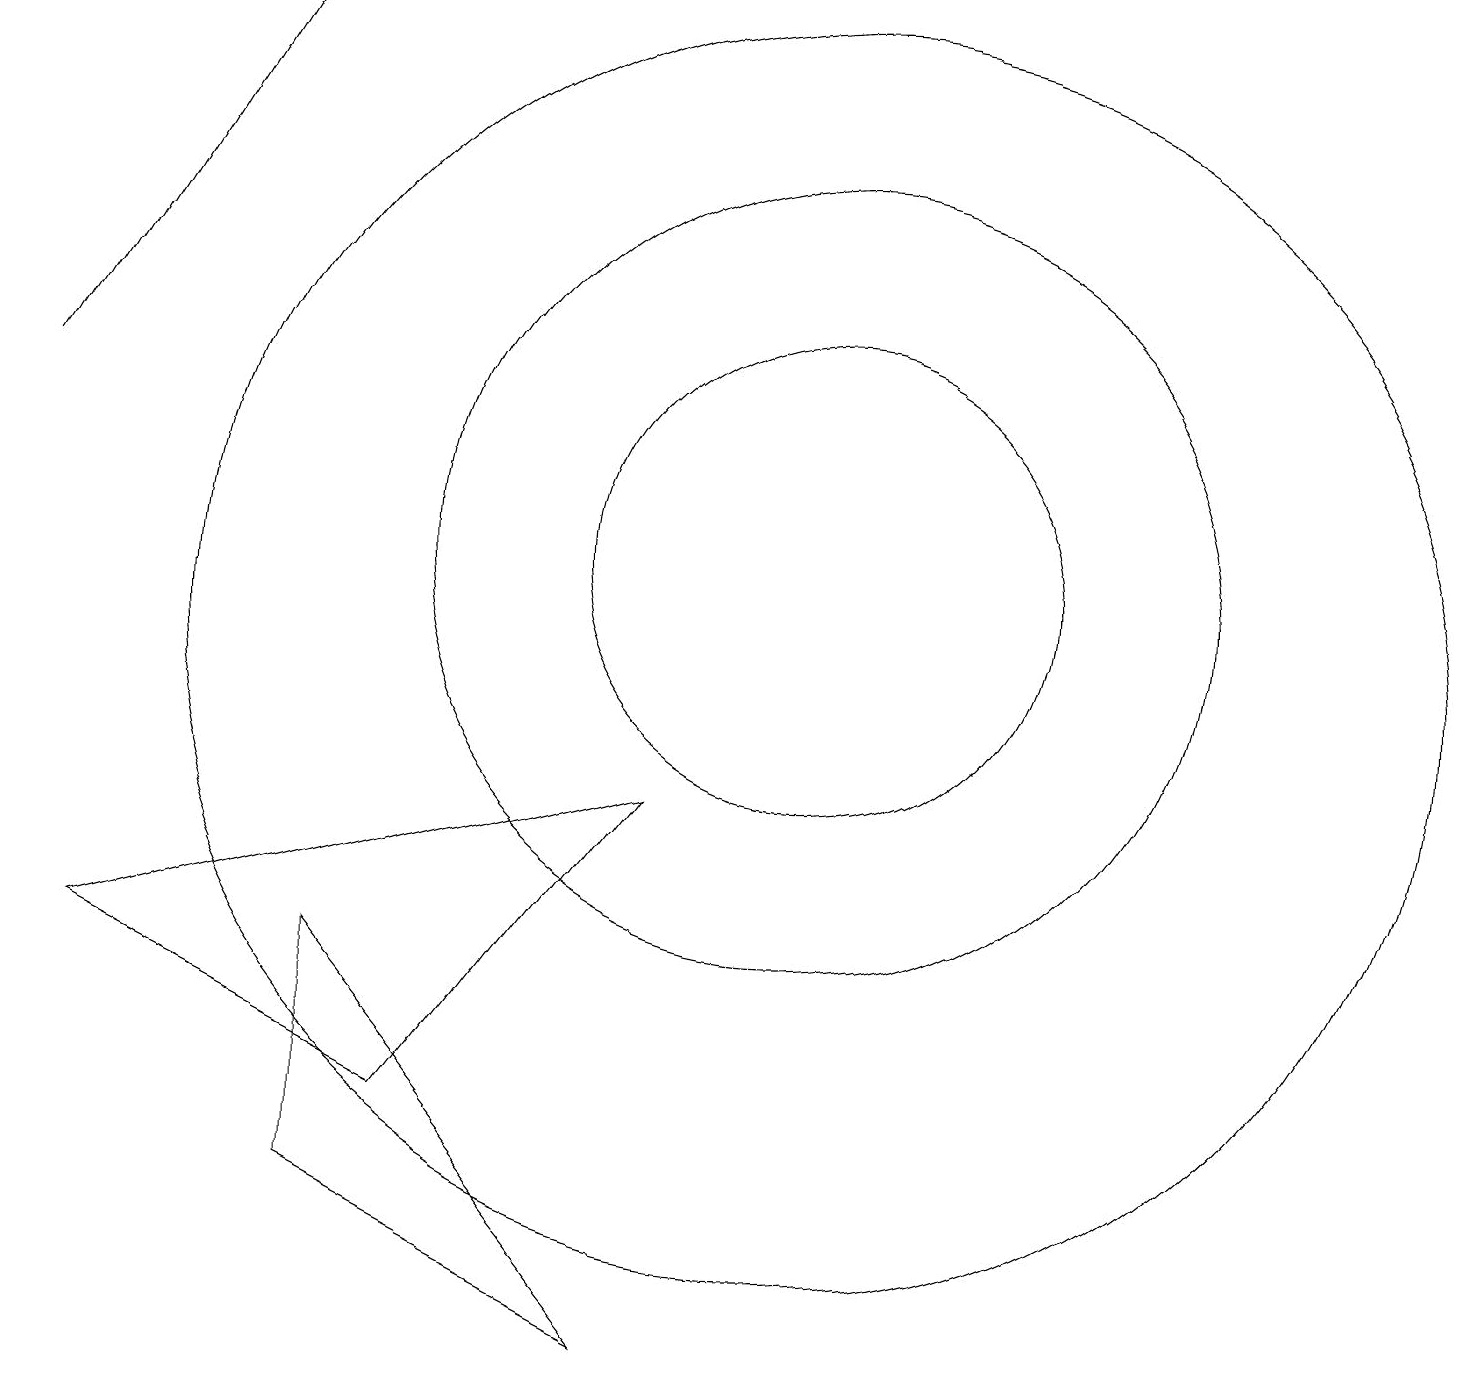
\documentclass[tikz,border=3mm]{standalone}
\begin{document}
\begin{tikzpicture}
\draw (10,10) circle (8);
\draw (10,11) circle (3);
\draw (5,4) -- (8,8) -- (1,6) -- cycle;
\draw (4,3) -- (8,1) -- (4,6) -- cycle;
\draw (10,11) circle (5);
\draw[->] (0,13) -- (3,18);
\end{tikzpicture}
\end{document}